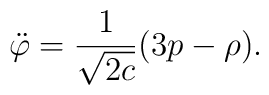
\ddot{\varphi} = \frac{1}{\sqrt{2c}} (3p -\rho ).